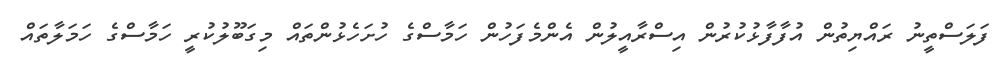
ފަލަސްތީނު ރައްޔިތުން އުފާފާޅުކުރުން އިސްރާއީލުން އެންމެފަހުން ހަމާސްގެ ހުށަހެޅުންތައް މިގަބޫލުކުރީ ހަމާސްގެ ހަމަލާތައް